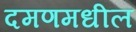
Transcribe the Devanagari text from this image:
दमणमधील